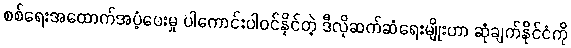
စစ်ရေးအထောက်အပံ့ပေးမှု ပါကောင်းပါဝင်နိုင်တဲ့ ဒီလိုဆက်ဆံရေးမျိုးဟာ ဆုံချက်နိုင်ငံကို